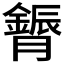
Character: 𮍈